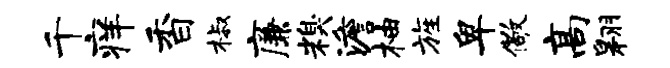
千痒香椒廉糗澹柚旌卑儆高翱